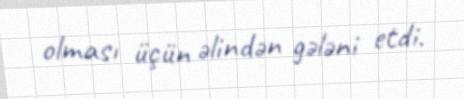
olması üçün əlindən gələni etdi.